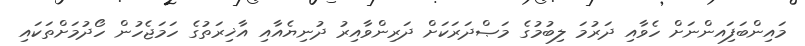
މައިންބަފަިއންނަށް ހެވާއި ދަރުމަ ލިބުމުގެ މަޞްދަރަކަށް ދަރިންވާއިރު ދުނިޔެއާއި އާޚިރަތުގެ ހަމަޖެހުން ހޯދުމަށްތަކައި